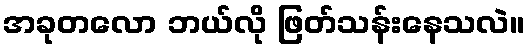
အခုတလော ဘယ်လို ဖြတ်သန်းနေသလဲ။